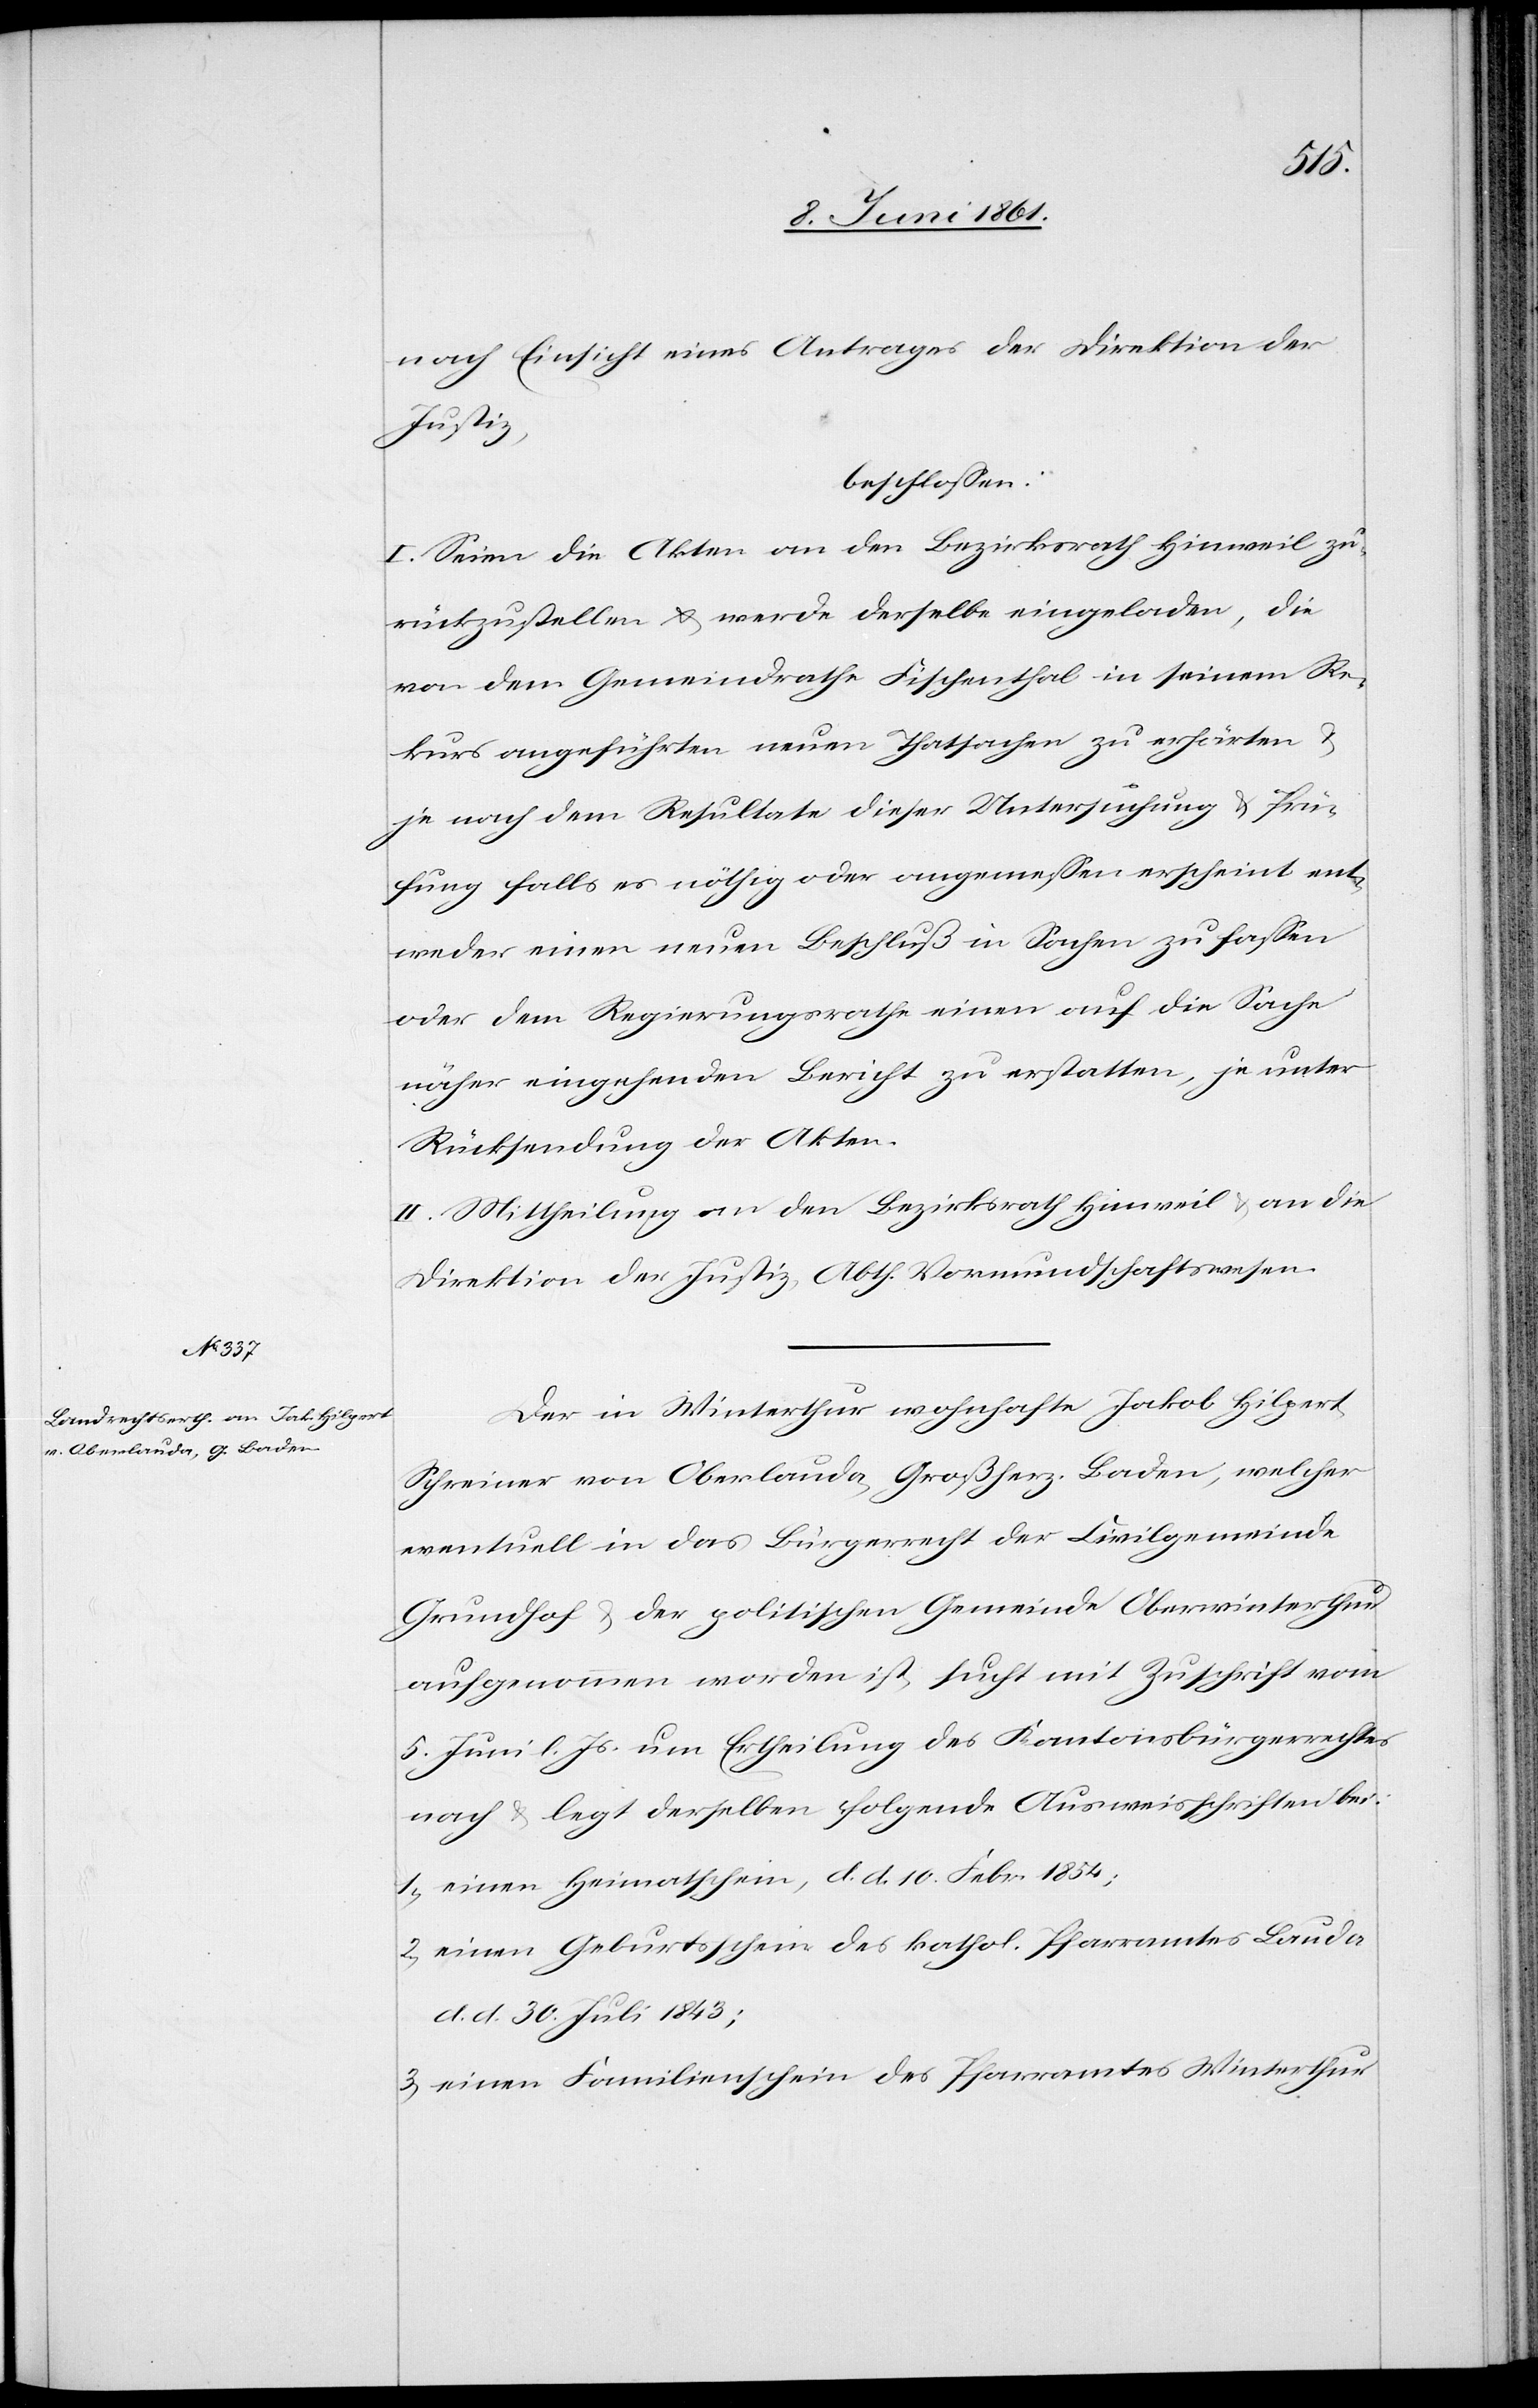
nach Einsicht eines Antrages der Direktion der
Justiz,
beschlossen:
I. Seien die Akten an den Bezirksrath Hinweil zu¬
rückzustellen u. werde derselbe eingeladen, die
von dem Gemeindrathe Fischenthal in seinem Re¬
kurs angeführten neuen Thatsachen zu erhärten u.
je nach dem Resultate dieser Untersuchung u. Prü¬
fung falls es nöthig oder angemessen erscheint ent¬
weder einen neuen Beschluß in Sachen zu fassen
oder dem Regierungsrathe einen auf die Sache
näher eingehenden Bericht zu erstatten, je unter
Rücksendung der Akten.
II. Mittheilung an den Bezirksrath Hinweil u. an die
Direktion der Justiz, Abth. Vormundschaftswesen.
Der in Winterthur wohnhafte Jakob Hilpert,
Schreiner von Oberlauda, Großherz. Baden, welcher
eventuell in das Bürgerrecht der Civilgemeinde
Grundhof u. der politischen Gemeinde Oberwinterthur
aufgenommen worden ist, sucht mit Zuschrift vom
5. Juni l. Js. um Ertheilung des Kantonsbürgerrechtes
nach u. legt derselben folgende Ausweisschriften bei:
1. einen Heimathschein, d. d. 10. Febr. 1854;
2. einen Geburtsschein des kathol. Pfarramtes Lauda
d. d. 30. Juli 1843;
3. einen Familienschein des Pfarramtes Winterthur